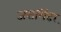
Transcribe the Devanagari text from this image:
जसमिंदर